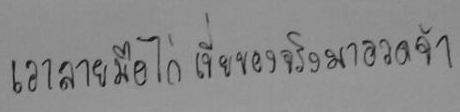
เอาลายมือไก่เขี่ยของจริงมาอวดจ้า